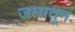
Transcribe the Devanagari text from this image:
जलातून